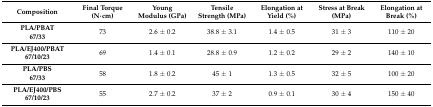
| Composition | Final Torque (N·cm) | Young Modulus (GPa) | Tensile Strength (MPa) | Elongation at Yield (%) | Stress at Break (MPa) | Elongation at Break (%) |
 | --- | --- | --- | --- | --- | --- | --- |
 | PLA/PBAT67/33 | 73 | 2.6 ± 0.2 | 38.8 ± 3.1 | 1.4 ± 0.5 | 31 ± 3 | 110 ± 20 |
 | PLA/EJ400/PBAT67/10/23 | 69 | 1.4 ± 0.1 | 28.8 ± 0.9 | 1.2 ± 0.2 | 29 ± 2 | 140 ± 10 |
 | PLA/PBS67/33 | 58 | 1.8 ± 0.2 | 45 ± 1 | 1.3 ± 0.5 | 32 ± 5 | 100 ± 20 |
 | PLA/EJ400/PBS67/10/23 | 55 | 2.7 ± 0.2 | 37 ± 2 | 0.9 ± 0.1 | 30 ± 4 | 150 ± 40 |